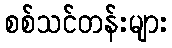
စစ်သင်တန်းများ